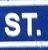
st.